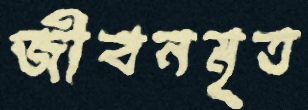
জীবনমৃত